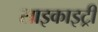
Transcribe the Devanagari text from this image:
साइकाइट्री